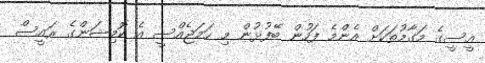
އީސީގެ މަގާމުތަކަށް އެންމެ ފަހުން ބޭފުޅުން މި ހަމަޖެއްސީ އެ ކޮމިޝަންގެ ރައީސް